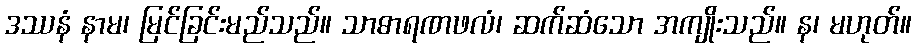
ဒဿနံ နာမ၊ မြင်ခြင်းမည်သည်။ သာဓာရဏဖလံ၊ ဆက်ဆံသော အကျိုးသည်။ န၊ မဟုတ်။